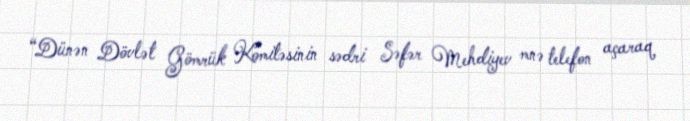
“Dünən Dövlət Gömrük Komitəsinin sədri Səfər Mehdiyev mnə telefon açaraq